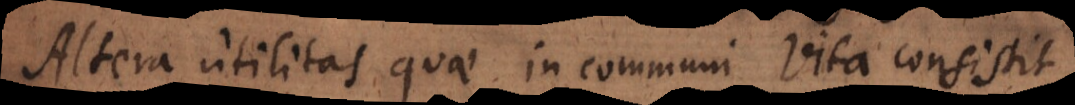
Altera utilitas quae in communi vita consistit